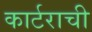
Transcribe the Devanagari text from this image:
कार्टराची